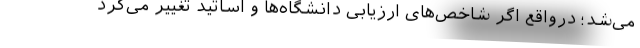
می‌شد؛ درواقع اگر شاخص‌های ارزیابی دانشگاه‌ها و اساتید تغییر می‌کرد